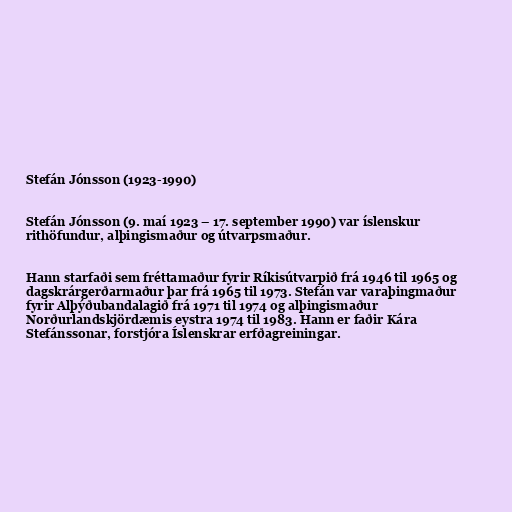
Stefán Jónsson (1923-1990)

Stefán Jónsson (9. maí 1923 – 17. september 1990) var íslenskur
rithöfundur, alþingismaður og útvarpsmaður.

Hann starfaði sem fréttamaður fyrir Ríkisútvarpið frá 1946 til 1965 og
dagskrárgerðarmaður þar frá 1965 til 1973. Stefán var varaþingmaður
fyrir Alþýðubandalagið frá 1971 til 1974 og alþingismaður
Norðurlandskjördæmis eystra 1974 til 1983. Hann er faðir Kára
Stefánssonar, forstjóra Íslenskrar erfðagreiningar.